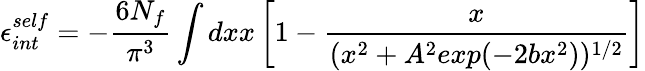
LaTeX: \epsilon_{int}^{self}=-\frac{6N_{f}}{\pi^{3}}\int dxx\left[1-\frac{x}{(x^{2}+A^{2}exp(-2bx^{2}))^{1/2}}\right]